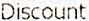
DISCOUNT